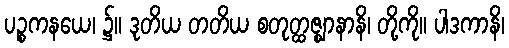
ပဉ္စကနယေ၊ ၌။ ဒုတိယ တတိယ စတုတ္ထဇ္ဈာနာနိ၊ တို့ကို။ ပါဒကာနိ၊